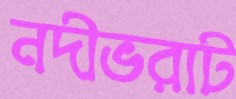
নদীভরাট